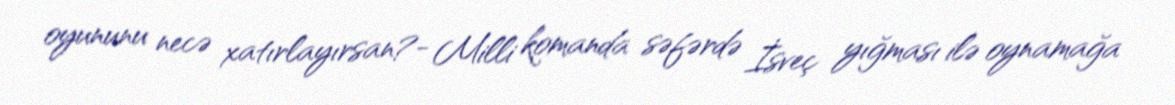
oyununu necə xatırlayırsan?- Milli komanda səfərdə İsveç yığması ilə oynamağa